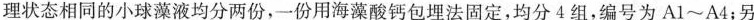
理状态相同的小球藻液均分两份，一份用海藻酸钙包埋法固定，均分4组，编号为Al~A4；另